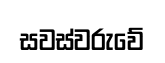
සවස්වරුවේ